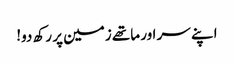
اپنے سر اور ماتھے زمین پر رکھ دو!